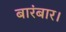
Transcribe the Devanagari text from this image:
बारंबार।